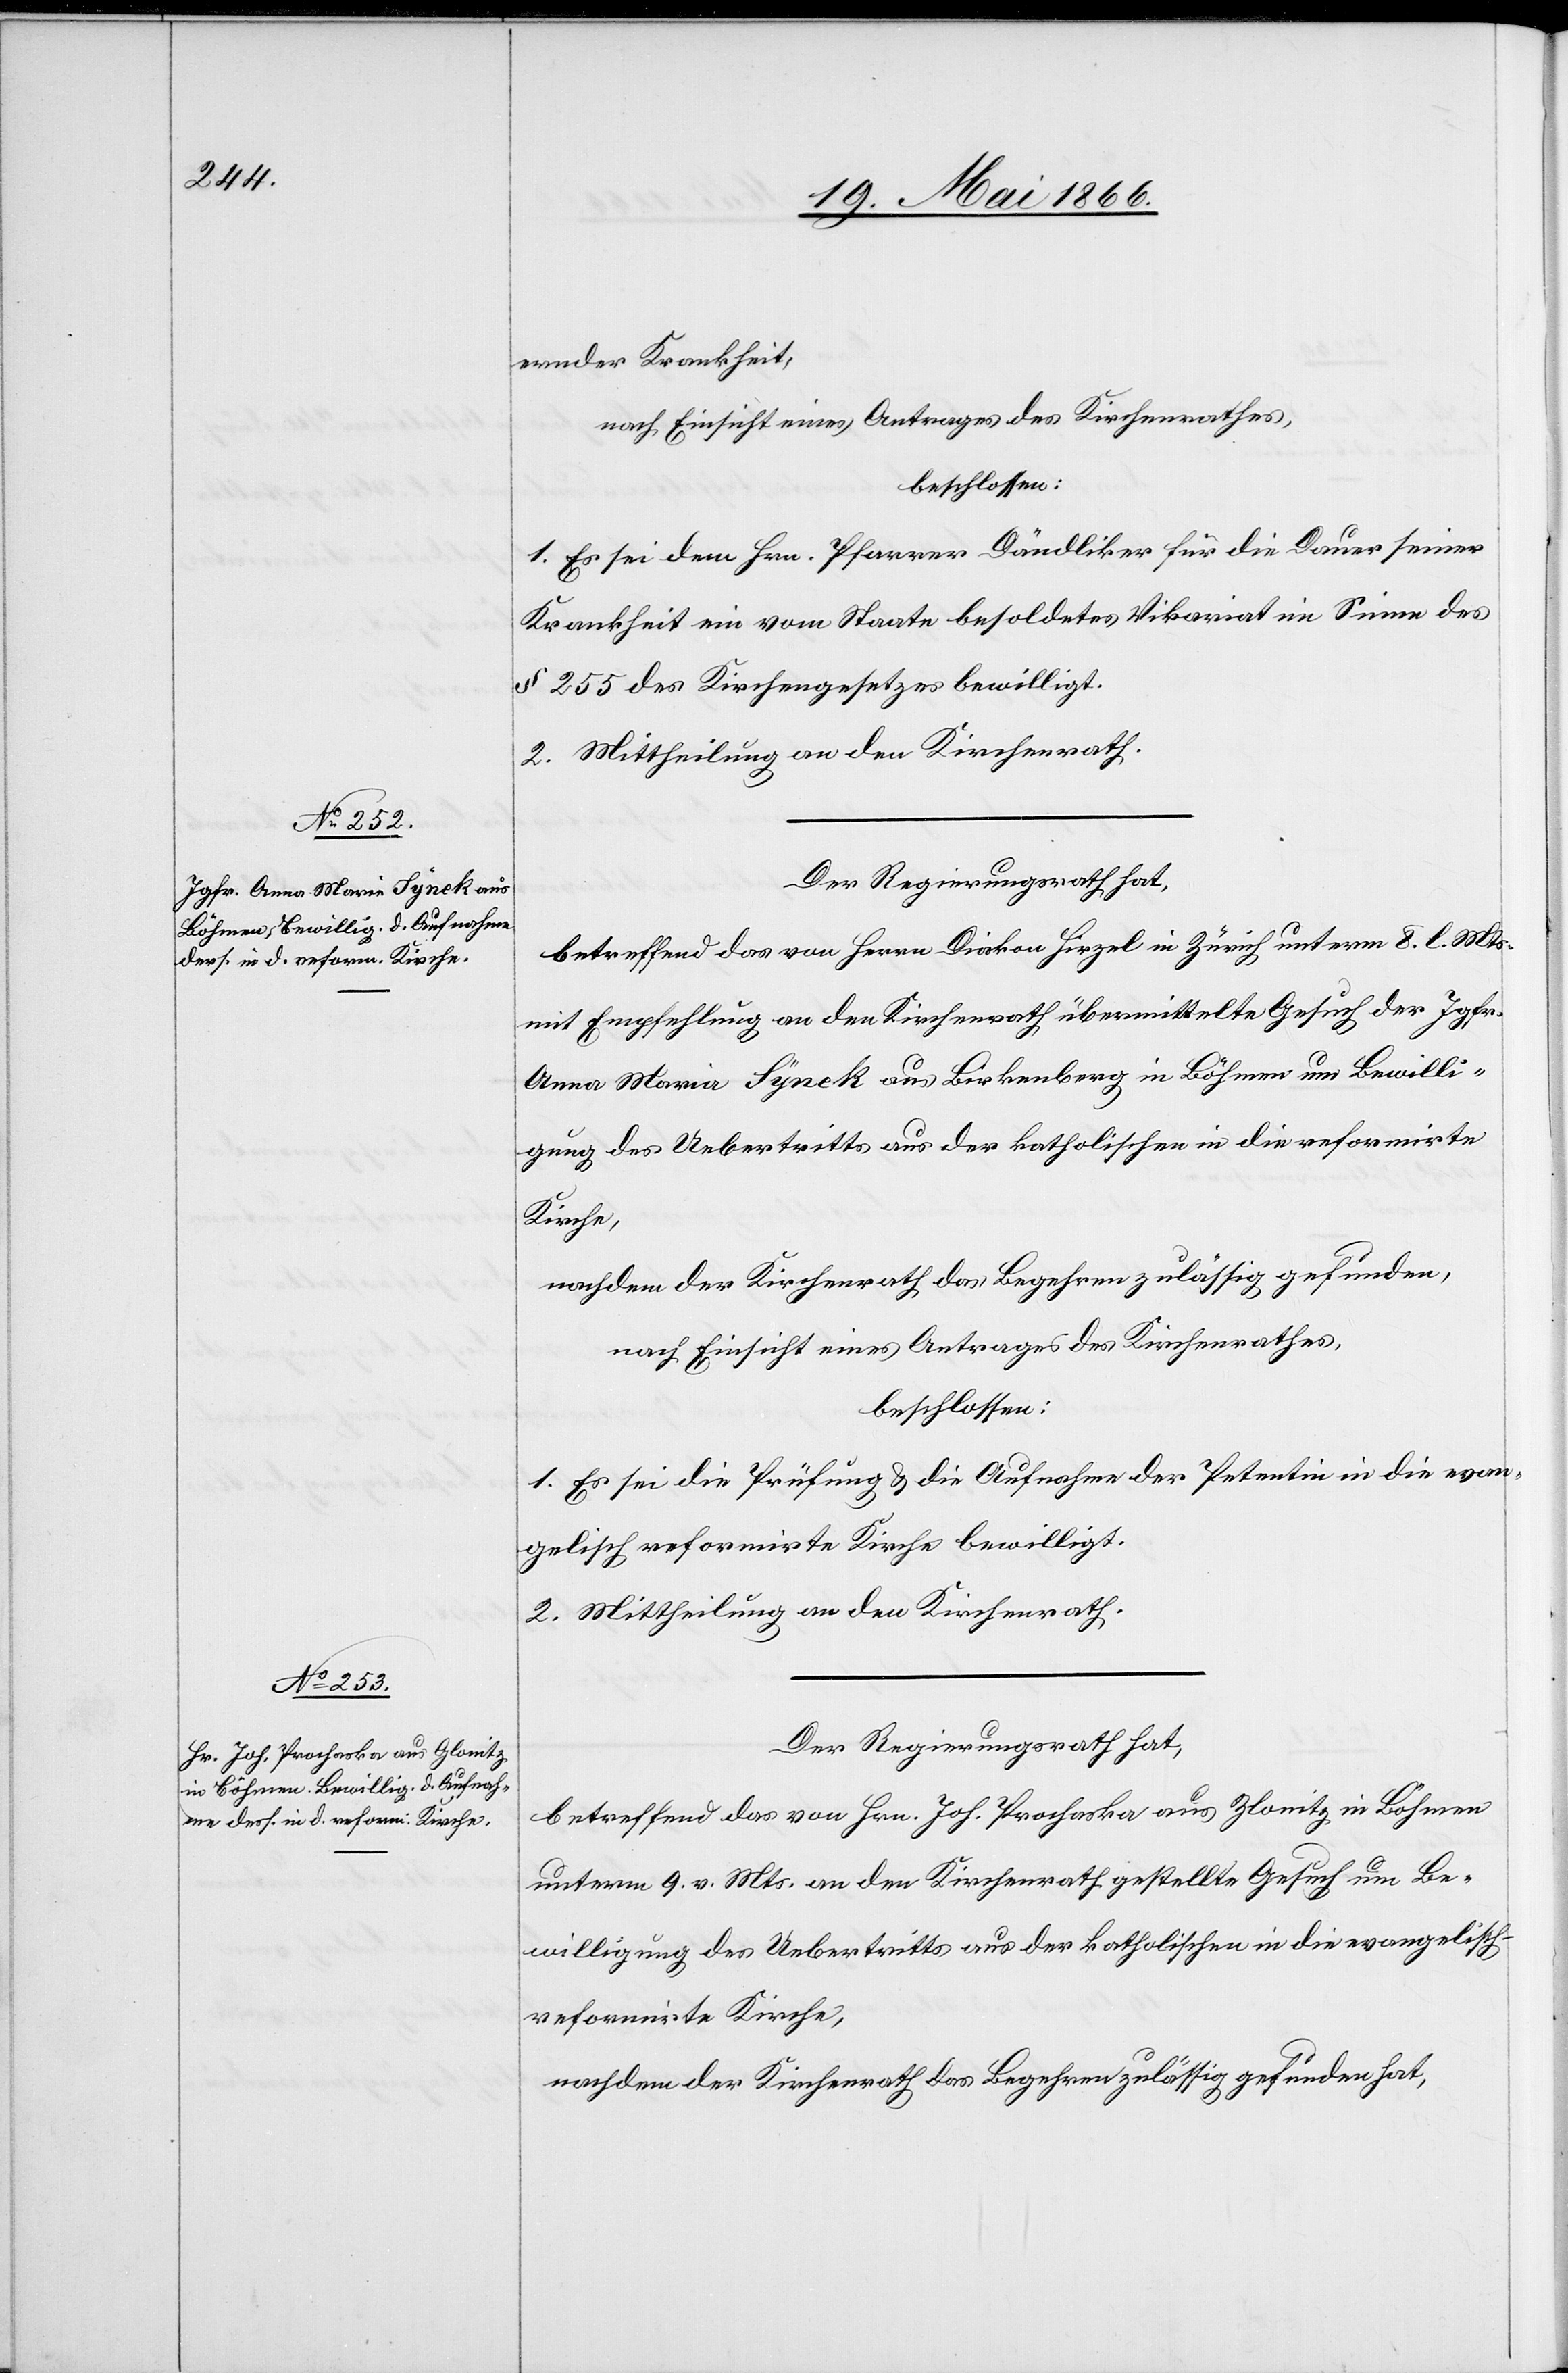
ernder Krankheit,
nach Einsicht eines Antrages des Kirchenrathes,
beschlossen:
1. Es sei dem Hrn. Pfarrer Dändliker für die Dauer seiner
Krankheit ein vom Staate besoldetes Vikariat im Sinne des
§ 255 des Kirchengesetzes bewilligt.
2. Mittheilung an den Kirchenrath.
Der Regierungsrath hat,
betreffend das von Herrn Diakon Hirzel in Zürich unterm 8. l. Mts.
mit Empfehlung an den Kirchenrath übermittelte Gesuch der Jgfr.
Anna Maria Synek aus Birkenberg in Böhmen um Bewilli¬
gung des Uebertrittes aus der katholischen in die reformirte
Kirche,
nachdem der Kirchenrath das Begehren zulässig gefunden,
nach Einsicht eines Antrages des Kirchenrathes,
beschlossen:
1. Es sei die Prüfung u. die Aufnahme der Petentin in die evan¬
gelisch reformirte Kirche bewilligt.
2. Mittheilung an den Kirchenrath.
Der Regierungsrath hat,
betreffend das von Hrn. Joh. Prochacka aus Zlamitz [sic!] in Böhmen
unterm 9. v. Mts. an den Kirchenrath gestellte Gesuch um Be¬
willigung des Uebertritts aus der katholischen in die evangelisch-r¬
eformirte Kirche,